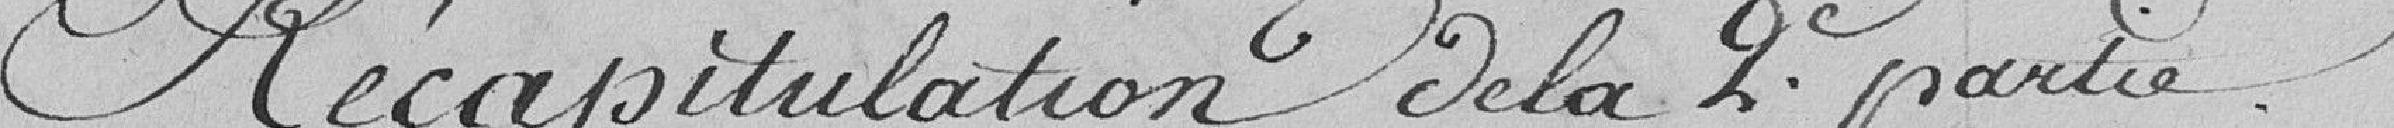
Récapitulation de la 2 ème partie